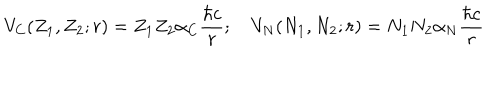
LaTeX: V _ { C } ( Z _ { 1 } , Z _ { 2 } ; r ) = Z _ { 1 } Z _ { 2 } \alpha _ { C } { \frac { \hbar c } { r } } ; V _ { N } ( N _ { 1 } , N _ { 2 } ; r ) = N _ { 1 } N _ { 2 } \alpha _ { N } { \frac { \hbar c } { r } }